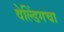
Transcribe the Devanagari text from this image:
वेल्डिंगचा